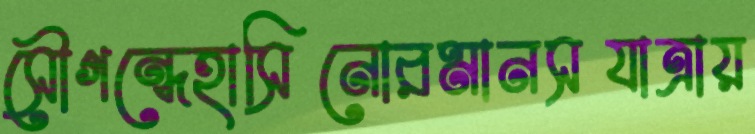
সৌগন্ধেহাসিনোরমানসযাত্রায়